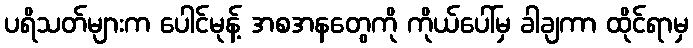
ပရိသတ်များက ပေါင်မုန့် အစအနတွေကို ကိုယ်ပေါ်မှ ခါချကာ ထိုင်ရာမှ